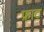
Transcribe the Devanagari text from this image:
फ्राट